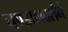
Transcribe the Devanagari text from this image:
चण्डालदर्शने